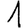
Digit: 1